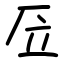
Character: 㕇